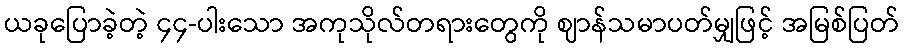
ယခုပြောခဲ့တဲ့ ၄၄-ပါးသော အကုသိုလ်တရားတွေကို ဈာန်သမာပတ်မျှဖြင့် အမြစ်ပြတ်